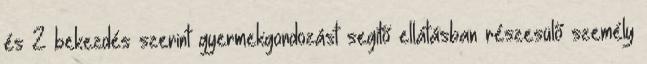
és 2 bekezdés szerint gyermekgondozást segítő ellátásban részesülő személy